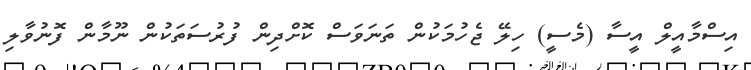
އިސްމާއީލް އީސާ (މެސީ) ހިލޭ ޖެހުމަކުން ތަނަވަސް ކޮށްދިން ފުރުސަތަކުން ނޫމާން ފޮނުވާލި